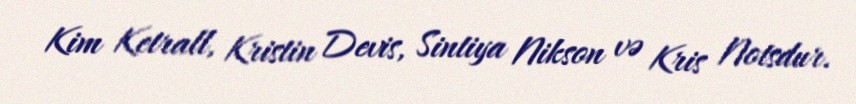
Kim Ketrall, Kristin Devis, Sintiya Nikson və Kris Notsdur.